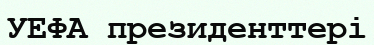
УЕФА президенттері